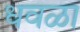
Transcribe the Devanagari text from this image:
धवळा